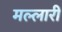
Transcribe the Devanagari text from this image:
मल्लारी